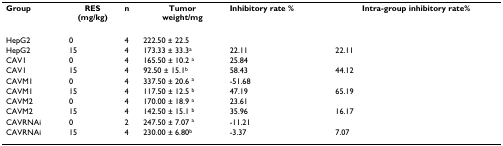
<table><thead><tr><td><b>Group</b></td><td><b>RES(mg/kg)</b></td><td><b>n</b></td><td><b>Tumorweight/mg</b></td><td><b>Inhibitory rate %</b></td><td><b>Intra-group inhibitory rate%</b></td></tr></thead><tbody><tr><td>HepG2</td><td>0</td><td>4</td><td>222.50 ± 22.5</td><td></td><td></td></tr><tr><td>HepG2</td><td>15</td><td>4</td><td>173.33 ± 33.3<sup>a</sup></td><td>22.11</td><td>22.11</td></tr><tr><td>CAV1</td><td>0</td><td>4</td><td>165.50 ± 10.2 <sup>a</sup></td><td>25.84</td><td></td></tr><tr><td>CAV1</td><td>15</td><td>4</td><td>92.50 ± 15.1<sup>b</sup></td><td>58.43</td><td>44.12</td></tr><tr><td>CAVM1</td><td>0</td><td>4</td><td>337.50 ± 20.6 <sup>a</sup></td><td>-51.68</td><td></td></tr><tr><td>CAVM1</td><td>15</td><td>4</td><td>117.50 ± 12.5 <sup>b</sup></td><td>47.19</td><td>65.19</td></tr><tr><td>CAVM2</td><td>0</td><td>4</td><td>170.00 ± 18.9 <sup>a</sup></td><td>23.61</td><td></td></tr><tr><td>CAVM2</td><td>15</td><td>4</td><td>142.50 ± 15.1 <sup>b</sup></td><td>35.96</td><td>16.17</td></tr><tr><td>CAVRNAi</td><td>0</td><td>2</td><td>247.50 ± 7.07 <sup>a</sup></td><td>-11.21</td><td></td></tr><tr><td>CAVRNAi</td><td>15</td><td>4</td><td>230.00 ± 6.80<sup>b</sup></td><td>-3.37</td><td>7.07</td></tr></tbody></table>